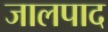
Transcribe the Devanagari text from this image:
जालपाद